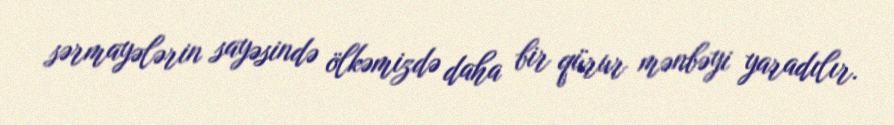
sərmayələrin sayəsində ölkəmizdə daha bir qürur mənbəyi yaradılır.